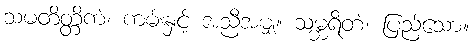
သမတိတ္တိကံ၊ ကမ်းနှင့် အညီအမျှ။ သမ္ဘရိတံ၊ ပြည့်သော။